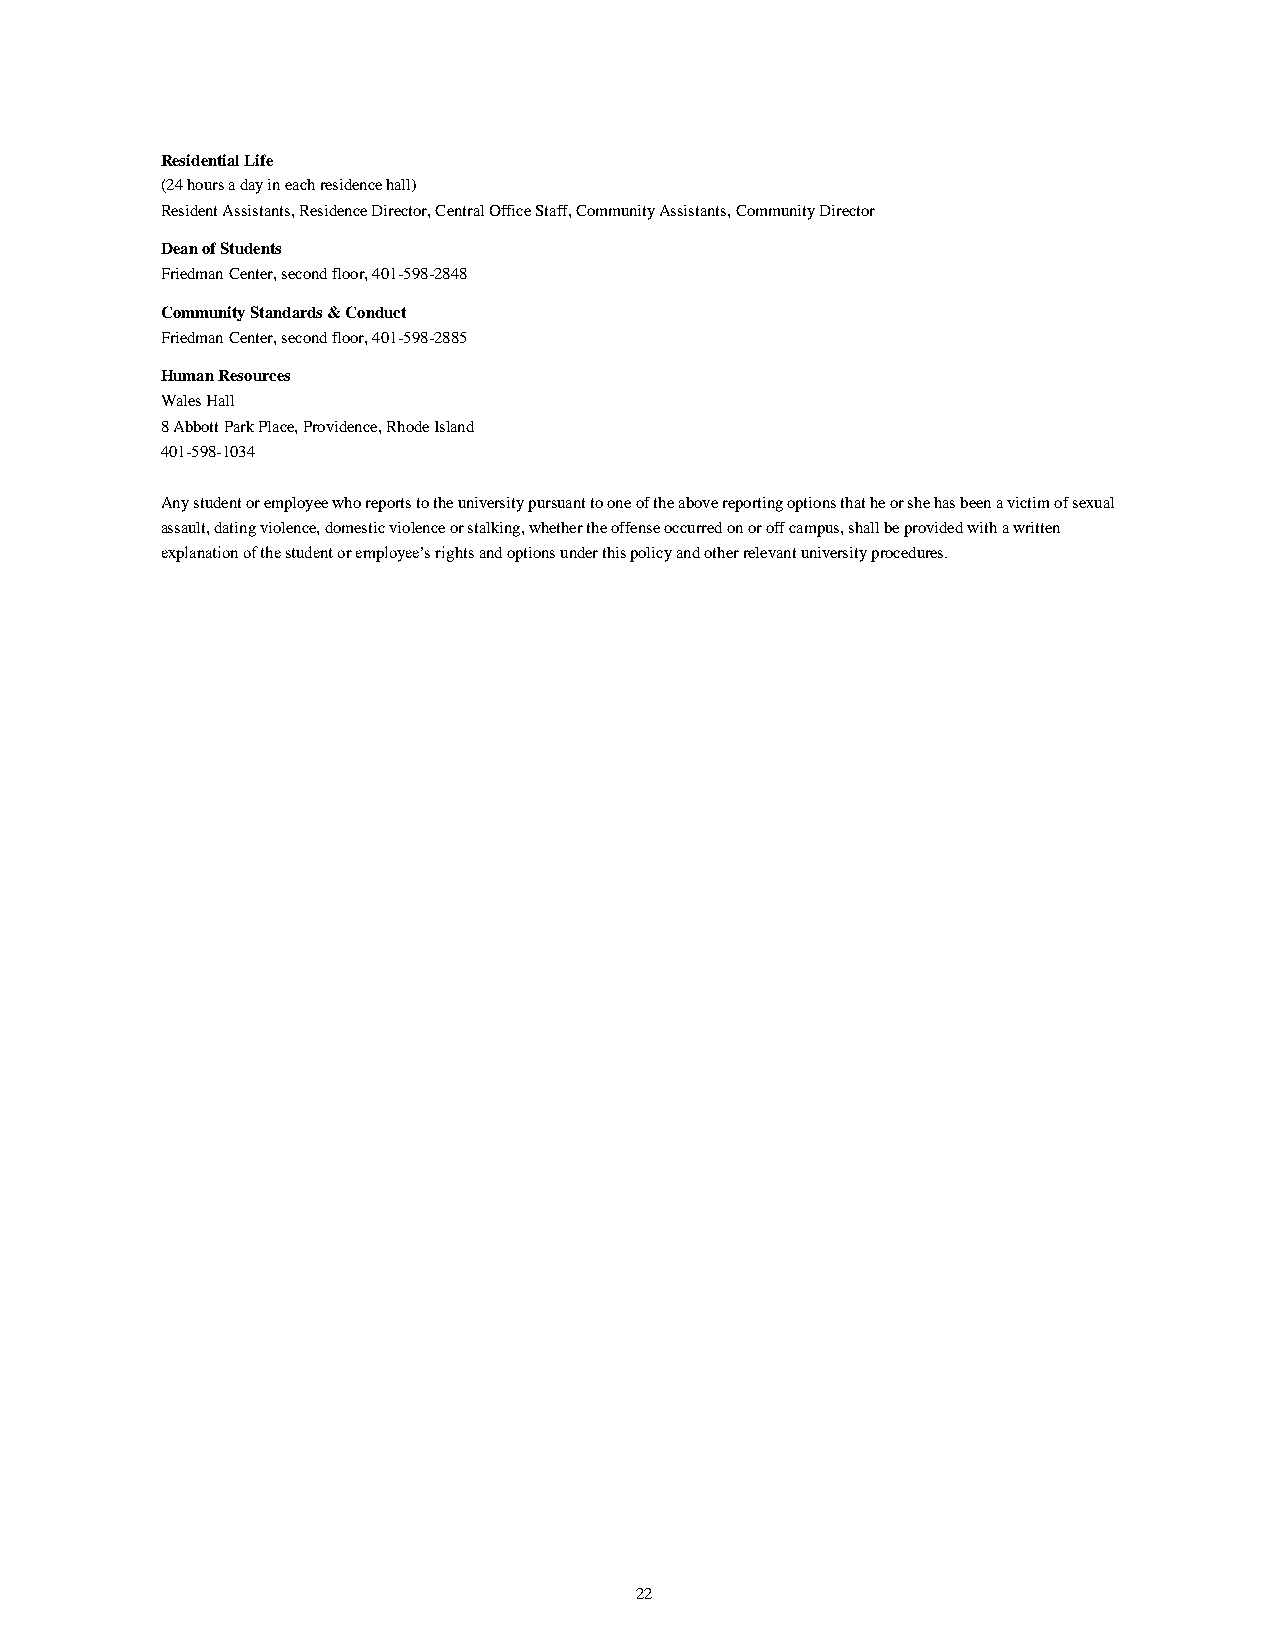
Residential Life
 (24 hours a day in each residence hall)
 Resident Assistants, Residence Director, Central Office Staff, Community Assistants, Community Director
 Dean of Students
 Friedman Center, second floor, 401-598-2848
 Community Standards & Conduct
 Friedman Center, second floor, 401-598-2885
 Human Resources
 Wales Hall
 8 Abbott Park Place, Providence, Rhode Island
 401-598-1034
 Any student or employee who reports to the university pursuant to one of the above reporting options that he or she has been a victim of sexual
 assault, dating violence, domestic violence or stalking, whether the offense occurred on or off campus, shall be provided with a written
 explanation of the student or employee’s rights and options under this policy and other relevant university procedures.
 22